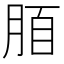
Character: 脜